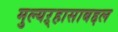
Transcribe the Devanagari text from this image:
मुल्यऱ्हासाबद्दल